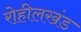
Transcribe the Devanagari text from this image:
रोहीलखंड